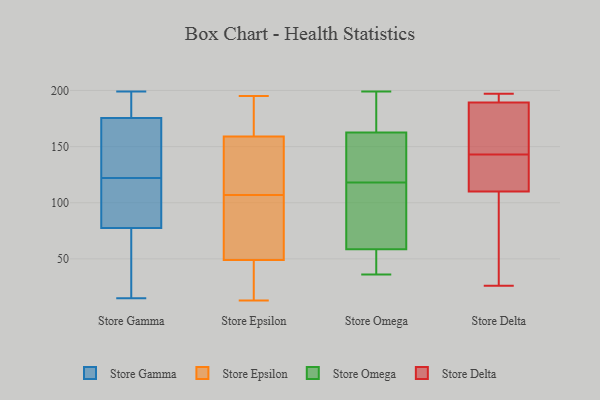
{"axis": {"x": "Headcount", "y": "Value"}, "legend": ["Store Delta", "Store Epsilon", "Store Gamma", "Store Omega"], "data": [{"x": "", "y": 181, "type": "Store Gamma"}, {"x": "", "y": 32, "type": "Store Gamma"}, {"x": "", "y": 148, "type": "Store Gamma"}, {"x": "", "y": 72, "type": "Store Gamma"}, {"x": "", "y": 114, "type": "Store Gamma"}, {"x": "", "y": 94, "type": "Store Gamma"}, {"x": "", "y": 15, "type": "Store Gamma"}, {"x": "", "y": 168, "type": "Store Gamma"}, {"x": "", "y": 122, "type": "Store Gamma"}, {"x": "", "y": 178, "type": "Store Gamma"}, {"x": "", "y": 199, "type": "Store Gamma"}, {"x": "", "y": 143, "type": "Store Epsilon"}, {"x": "", "y": 195, "type": "Store Epsilon"}, {"x": "", "y": 150, "type": "Store Epsilon"}, {"x": "", "y": 191, "type": "Store Epsilon"}, {"x": "", "y": 13, "type": "Store Epsilon"}, {"x": "", "y": 76, "type": "Store Epsilon"}, {"x": "", "y": 139, "type": "Store Epsilon"}, {"x": "", "y": 106, "type": "Store Epsilon"}, {"x": "", "y": 186, "type": "Store Epsilon"}, {"x": "", "y": 19, "type": "Store Epsilon"}, {"x": "", "y": 54, "type": "Store Epsilon"}, {"x": "", "y": 34, "type": "Store Epsilon"}, {"x": "", "y": 107, "type": "Store Epsilon"}, {"x": "", "y": 76, "type": "Store Omega"}, {"x": "", "y": 72, "type": "Store Omega"}, {"x": "", "y": 130, "type": "Store Omega"}, {"x": "", "y": 191, "type": "Store Omega"}, {"x": "", "y": 91, "type": "Store Omega"}, {"x": "", "y": 199, "type": "Store Omega"}, {"x": "", "y": 114, "type": "Store Omega"}, {"x": "", "y": 165, "type": "Store Omega"}, {"x": "", "y": 47, "type": "Store Omega"}, {"x": "", "y": 173, "type": "Store Omega"}, {"x": "", "y": 54, "type": "Store Omega"}, {"x": "", "y": 118, "type": "Store Omega"}, {"x": "", "y": 195, "type": "Store Omega"}, {"x": "", "y": 149, "type": "Store Omega"}, {"x": "", "y": 155, "type": "Store Omega"}, {"x": "", "y": 36, "type": "Store Omega"}, {"x": "", "y": 43, "type": "Store Omega"}, {"x": "", "y": 122, "type": "Store Omega"}, {"x": "", "y": 41, "type": "Store Omega"}, {"x": "", "y": 143, "type": "Store Delta"}, {"x": "", "y": 191, "type": "Store Delta"}, {"x": "", "y": 137, "type": "Store Delta"}, {"x": "", "y": 26, "type": "Store Delta"}, {"x": "", "y": 42, "type": "Store Delta"}, {"x": "", "y": 177, "type": "Store Delta"}, {"x": "", "y": 184, "type": "Store Delta"}, {"x": "", "y": 191, "type": "Store Delta"}, {"x": "", "y": 197, "type": "Store Delta"}, {"x": "", "y": 101, "type": "Store Delta"}, {"x": "", "y": 143, "type": "Store Delta"}]}